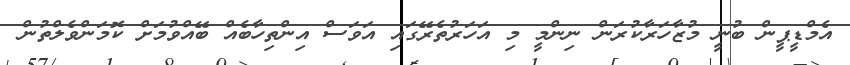
އެމްޑީޕީން ބުނީ މުޒާހަރާކުރަން ނިންމީ މި އަހަރުތެރޭގައި އަވަސް އިންތިހާބެއް ބޭއްވުމަށް ކޮމަންވެލްތުން